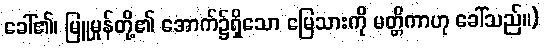
ခေါ်၏၊ မြူမှုန်တို့၏ အောက်၌ရှိသော မြေသားကို မတ္တိကာဟု ခေါ်သည်။)